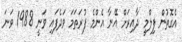
އެގޮތުން ފިލްމީ ދާއިރަށް އޭނާ އެންމެ ފުރަތަމަ ވަދެފައި ވަނީ 1988 ވަނަ